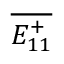
\overline { { E _ { 1 1 } ^ { + } } }